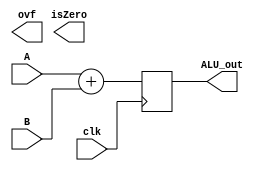
// Input Width ns

module ALU( A, B, ALU_out, ovf, isZero, clk );

	input[17:0] A;
	input[17:0] B;		
	//input[2:0] ctrl;			// for hardware control unit
	input clk;					// used for shifting output
	output[17:0] ALU_out;
	output ovf;
	output isZero;
	
	//------------------------------------------------------
	// internal nodes
	//------------------------------------------------------
	reg [17:0] ALU_out;
	
	always @ (posedge clk)
	begin
		ALU_out <= A + B;
	end
	
endmodule